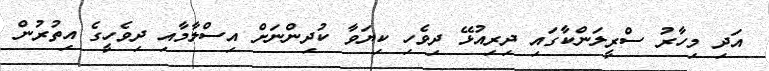
އަދި މިހާރު ސްރީލަންކާގައި ދިރިއުޅޭ ދިވެހި ކިޔަވާ ކުދިންނަށް އިސްލާމާއި ދިވެހީގެ އިތުރުން